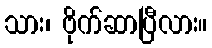
သား၊ ဗိုက်ဆာပြီလား။